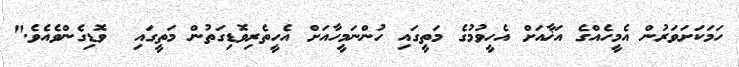
ހަމަކަށަވަރުން އެމީހެއްގެ އަޚާއަށް އެހީވުމުގެ މަތީގައި ހުންނަމީހާއަށް އެހީތެރިވޮޑިގަތުން މަތީގައި  ވޮޑިގެންވެއެވެ."